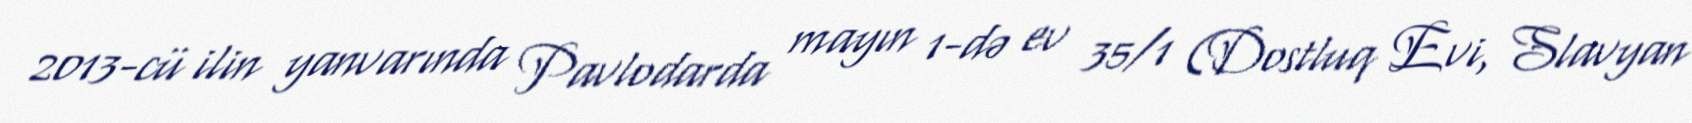
2013-cü ilin yanvarında Pavlodarda mayın 1-də ev 35/1 (Dostluq Evi, Slavyan